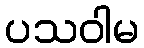
ပသဝါမ